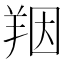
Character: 䍰